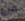
من